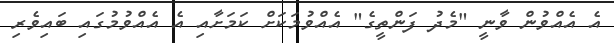
އެ އެއްވުން ވާނީ "މެދު ފަންތީގެ" އެއްވުމަކަށް ކަމަށާއި އެ އެއްވުމުގައި ބައިވެރި